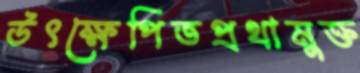
উৎক্ষেপিতপ্রথামুক্ত